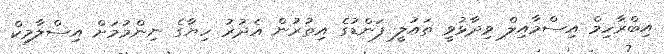
އިބްރާހިމް އިސްމާއިލް ވިދާޅުވީ ތައުލީ ފަންޑުގެ އިތުރުން އެދުރު ހިޔާގެ ނިންމުމަށް އިސްލާމިކް